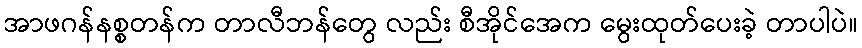
အာဖဂန်နစ္စတန်က တာလီဘန်တွေ လည်း စီအိုင်အေက မွေးထုတ်ပေးခဲ့ တာပါပဲ။